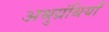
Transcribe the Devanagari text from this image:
अश्रुग्रंथियाँ